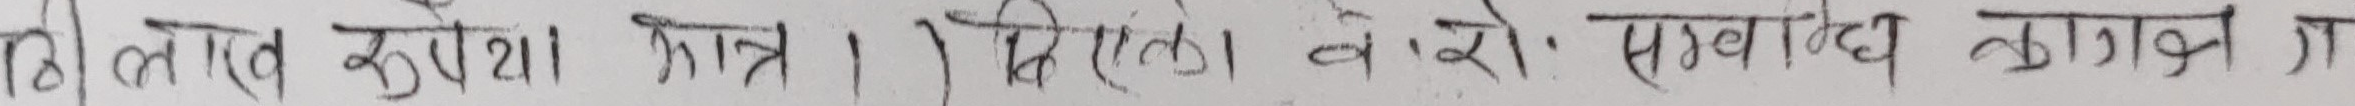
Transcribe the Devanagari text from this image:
१० लवे खुरेश यात्रा । १ मिलन बी वरो सम्बद्ध कागजन